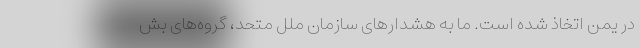
در یمن اتخاذ شده است. ما به هشدارهای سازمان ملل متحد، گروه‌های بش